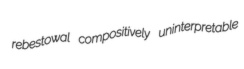
rebestowal compositively uninterpretable